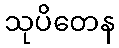
သုပိတေန